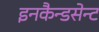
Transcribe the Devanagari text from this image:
इनकैन्डसेन्ट